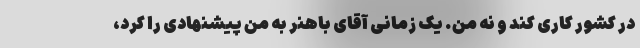
در کشور کاری کند و نه من. یک زمانی آقای باهنر به من پیشنهادی را کرد،